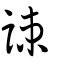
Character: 誎